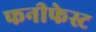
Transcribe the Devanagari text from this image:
फनीफेस्ट